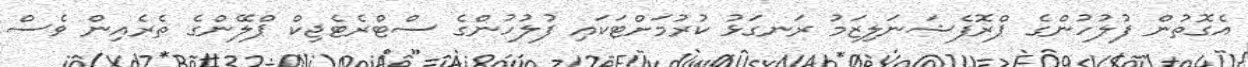
އެގޮތުން ފުލުހުންގެ ޕްރޮފެޝަނަލިޒަމު ރަނގަޅު ކުރުމަށްޓަކައި ފުލުހުންގެ ސްޓްރެޓެޖިކް ޕްލޭންގެ ތެރެއިން ވެސް